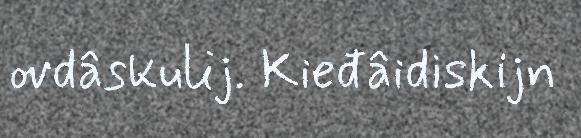
ovdâskulij. Kieđâidiskijn